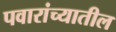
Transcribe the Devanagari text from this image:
पवारांच्यातील